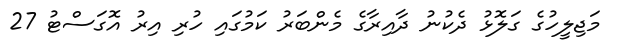
މަޖިލީހުގެ ގަލޮޅު ދެކުނު ދާއިރާގެ މެންބަރު ކަމުގައި ހުރި އިރު އޮގަސްޓު 27